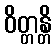
ဝိတ္တန္တိ